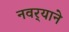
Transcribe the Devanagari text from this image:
नवर्‍याने